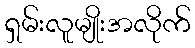
ရှမ်းလူမျိုးအလိုက်